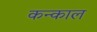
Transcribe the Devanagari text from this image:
कन्काल